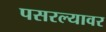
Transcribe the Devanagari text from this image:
पसरल्यावर